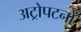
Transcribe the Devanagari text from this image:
अट्रोपटनों